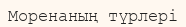
Моренаның түрлері